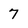
Character: 7